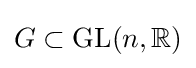
G\subset \mathrm {GL} (n,\mathbb {R} )